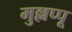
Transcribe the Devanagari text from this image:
मुल्लप्पू